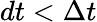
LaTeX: dt<\Delta t